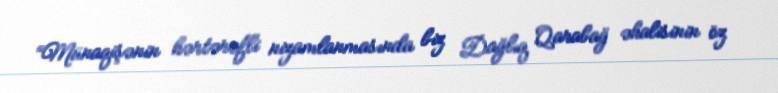
“Münaqişənin hərtərəfli nizamlanmasında biz Dağlıq Qarabağ əhalisinin öz